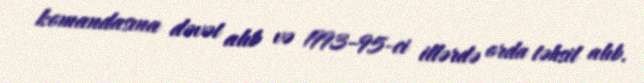
komandasına dəvət alıb və 1993–95-ci illərdə orda təhsil alıb.